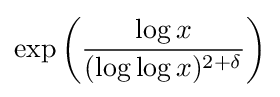
\exp {\left({\frac {\log {x}}{(\log \log {x})^{2+\delta }}}\right)}